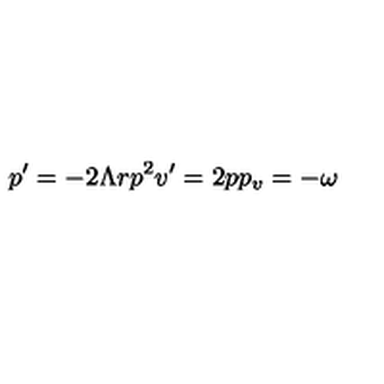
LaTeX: p ^ { \prime } = - 2 \Lambda r p ^ { 2 } v ^ { \prime } = 2 p p _ { v } = - \omega